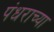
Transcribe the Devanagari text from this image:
पंधराच्या